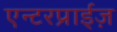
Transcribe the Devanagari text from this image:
एन्टरप्राईज़